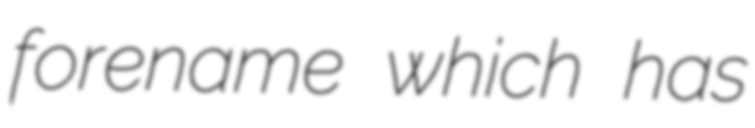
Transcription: forename which has